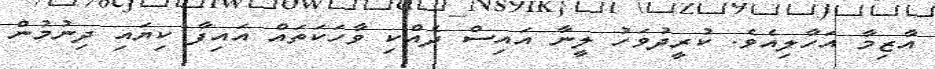
އާޒިމާ އަހާލިއެވެ. ކުރީދުވަހު ލީނާ އައިސް ދެއްކި ވާހަކަތައް އައިފާ ކިޔައި ދިނުމުން